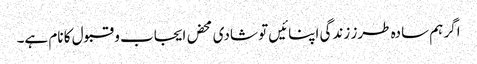
اگر ہم سادہ طرز زندگی اپنائیں تو شادی محض ایجاب و قبول کا نام ہے۔